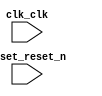

module platformniostimer (
	clk_clk,
	reset_reset_n);	

	input		clk_clk;
	input		reset_reset_n;
endmodule